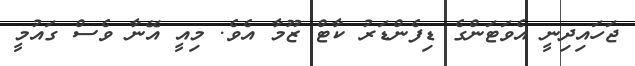
ޖަހައިދިނީ އެވަޓަންގެ ޑިފެންޑަރު ކާޓް ޒޫމާ އެވެ. މިއީ އޭނާ ވެސް ގައުމީ